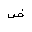
Letter: _dad